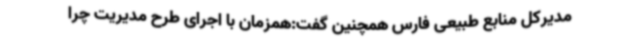
مدیرکل منابع طبیعی فارس همچنین گفت:همزمان با اجرای طرح مدیریت چرا